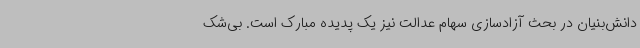
دانش‌بنیان در بحث آزادسازی سهام عدالت نیز یک پدیده مبارک است. بی‌شک